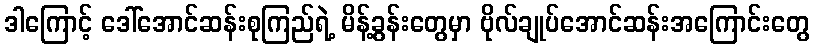
ဒါကြောင့် ဒေါ်အောင်ဆန်းစုကြည်ရဲ့ မိန့်ခွန်းတွေမှာ ဗိုလ်ချုပ်အောင်ဆန်းအကြောင်းတွေ